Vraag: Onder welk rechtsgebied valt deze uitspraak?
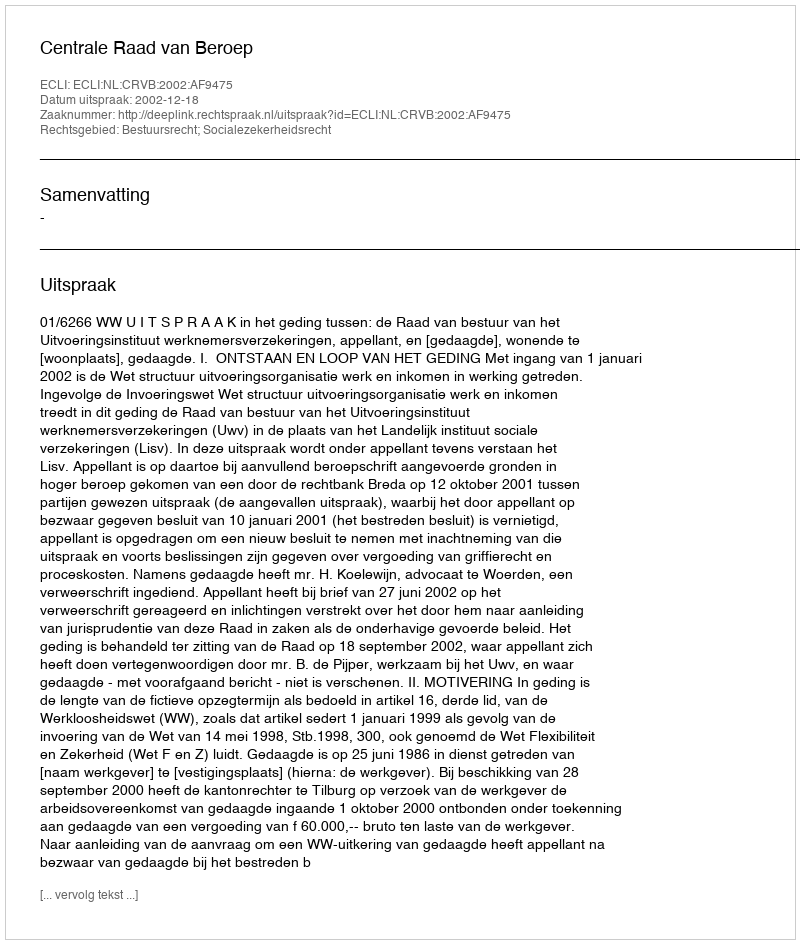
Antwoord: Bestuursrecht; Socialezekerheidsrecht